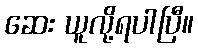
ဆေး ယူလို့ရပါပြီ။